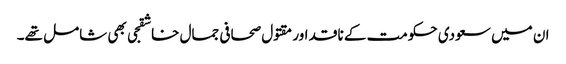
ان میں سعودی حکومت کے ناقد اور مقتول صحافی جمال خاشقجی بھی شامل تھے۔